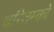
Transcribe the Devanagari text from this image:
चरितम्को